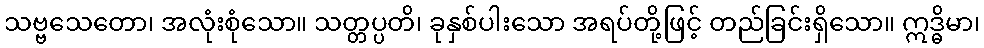
သဗ္ဗသေတော၊ အလုံးစုံသော။ သတ္တပ္ပတိ၊ ခုနှစ်ပါးသော အရပ်တို့ဖြင့် တည်ခြင်းရှိသော။ ဣဒ္ဓိမာ၊